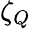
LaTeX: \zeta_{Q}